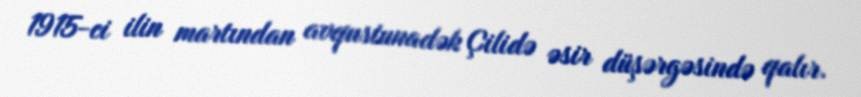
1915-ci ilin martından avqustunadək Çilidə əsir düşərgəsində qalır.